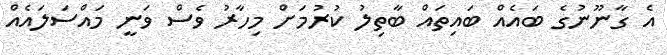
އެ ގާނޫނުގެ ބައެއް ބައިތައް ބާތިލު ކުރުމަށް މިހާރު ވެސް ވަނީ މައްސަލައެއް